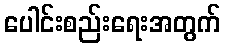
ပေါင်းစည်းရေးအတွက်